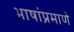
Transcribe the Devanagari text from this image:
भाषांप्रमाणे